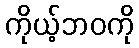
ကိုယ့်ဘဝကို